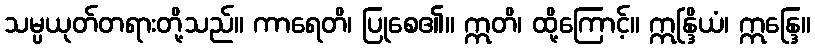
သမ္ပယုတ်တရားတို့သည်။ ကာရေတိ၊ ပြုစေ၏။ ဣတိ၊ ထို့ကြောင့်။ ဣန္ဒြိယံ၊ ဣန္ဒြေ။